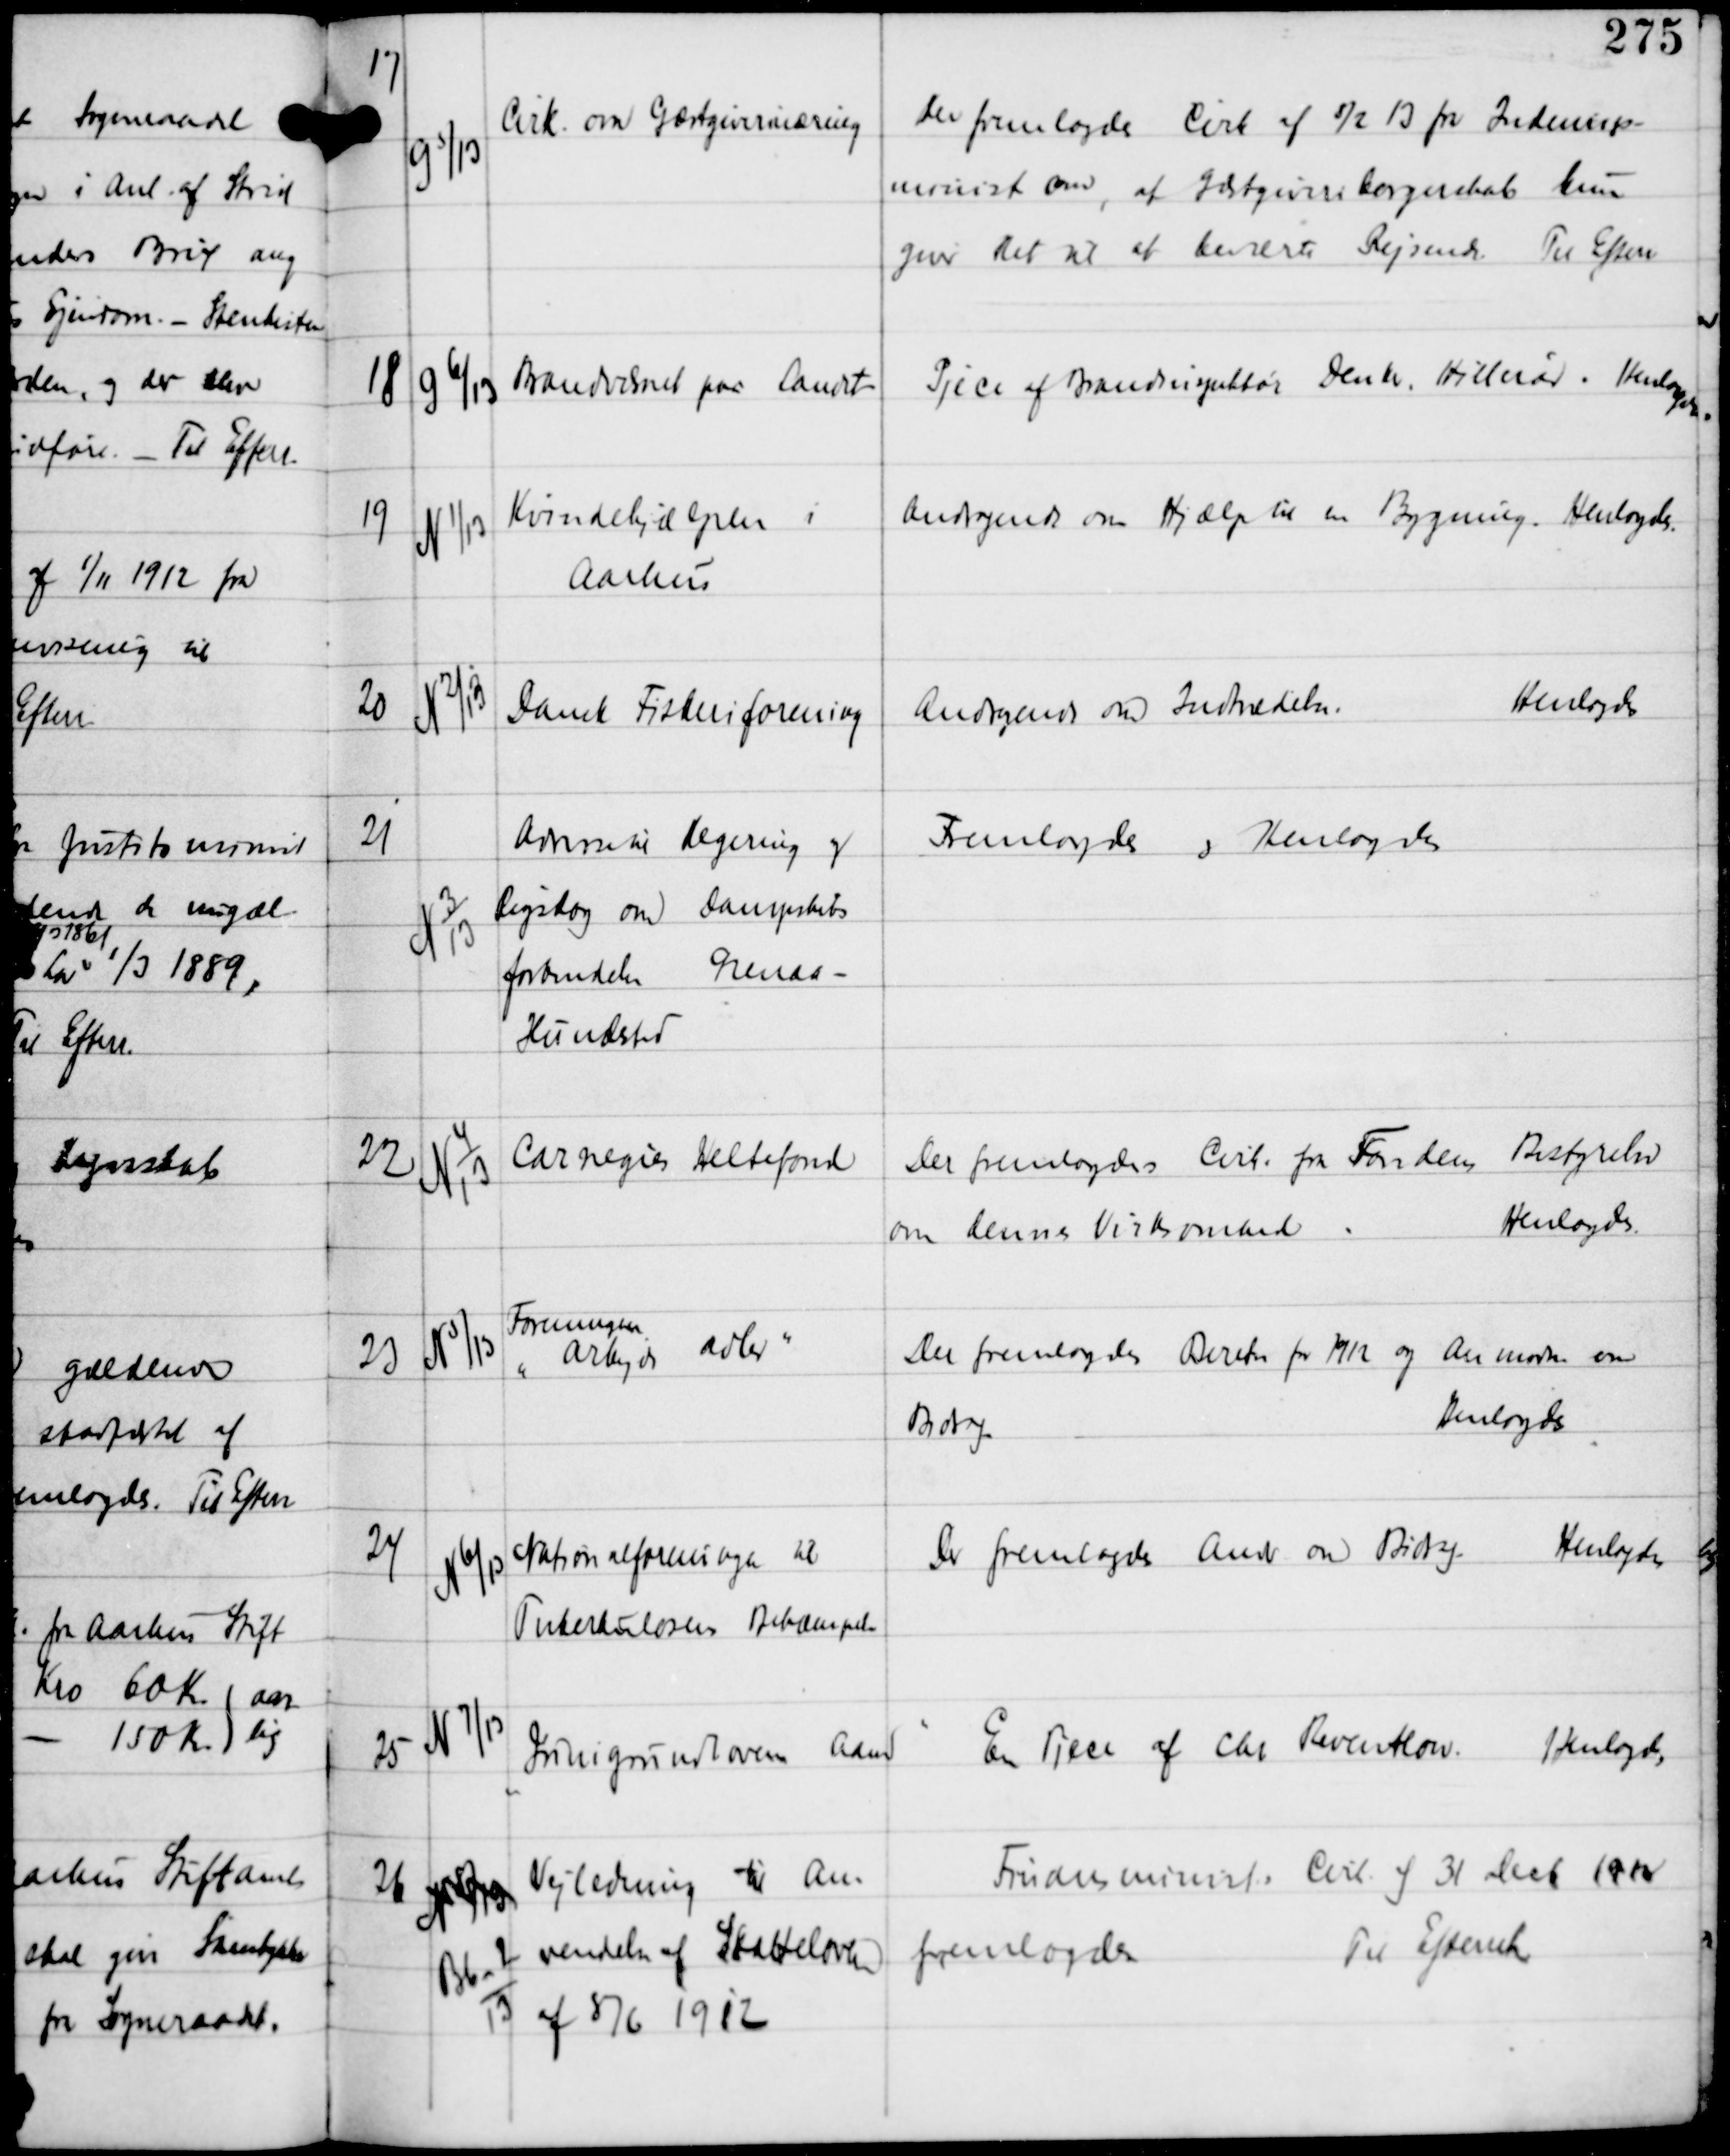
Transskription:
17

G 5/13

Cirk om Gæstgiverinæring

Der fremlagdes Cirk af 8/2 13 fra Indenrigs-
minist om, at Gæstgiveriborgerskab kun
giver Ret til at beværte Rejsende. Til Efterr

18

G 6/13

Brandvæsenet paa Landet

Pjece af Brandinspektør Denkr Hillerør. Henlagdes.

19

N 1/13

Kvindehjælpen i
Aarhus

Andragende om Hjælp til en Bygning. Henlagdes.

20

N 2/13

Dansk Fiskeriforening

Andragende om Indnedelse.
Henlagdes.

21

N 3
13

Anm til Regering og
Rigsdag om dampskibs
forbindelse Grenaa -
Hundested

Fremlagdes og Henlagdes

22

N 4
13

Carnegies Heltefond

Der fremlagdes Cirk fra Fondens Bestyrelse
om dennes Virksomhed.
Henlagdes.

23

N 5/13

Foreningen
"Arbejde Adler"

Der fremlagdes Beretn for 1912 og Anmodn om
Bidrag.
Henlagdes

24

N 6/13

Nationalforeningen til
Tuberkulosens Bekæmpelse

Der fremlagdes Andr om Bidrag.
Henlagdes

25

N 7/13

"Junigrundlovens Aand"

En Pjece af Chr Reventlow.
Henlagdes

26

N 6/13
Bb-2
13

Vedledning til An-
vendelse af Skatteloven
af 8/6 1912

Finansmnists Cirk af 31 Decb 1912
fremlagdes
Til Efterretn